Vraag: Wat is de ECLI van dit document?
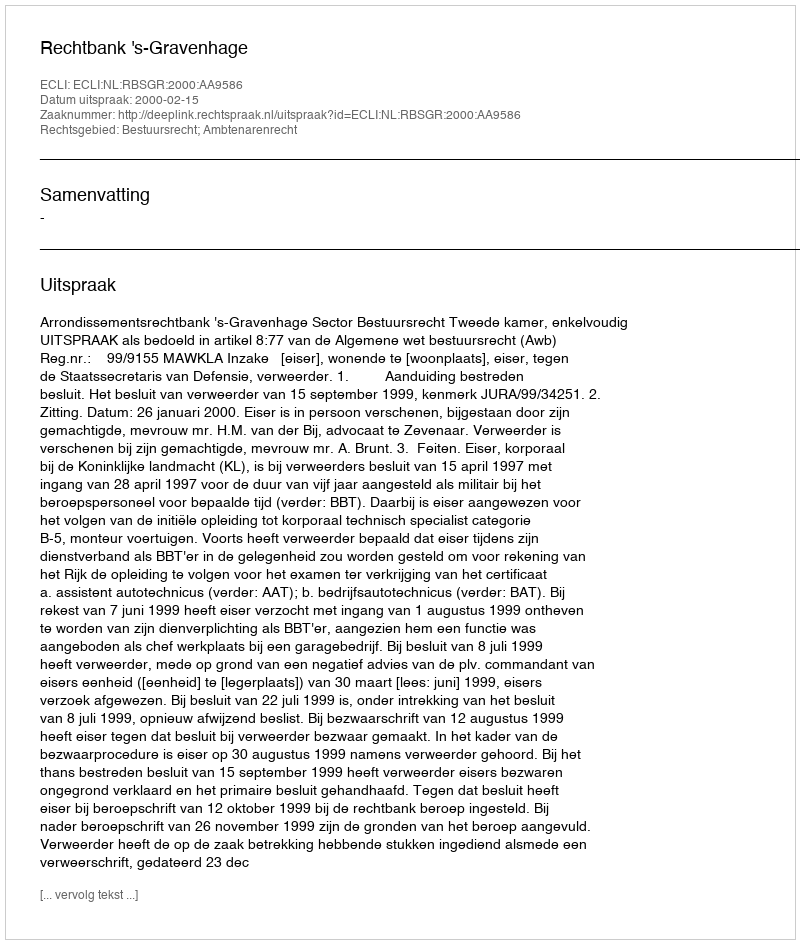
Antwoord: ECLI:NL:RBSGR:2000:AA9586